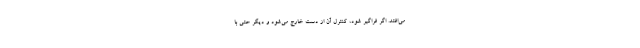
می‌افتد. اگر فراگیر شود، کنترل آن از دست خارج می‌شود و دیگر حتی با